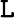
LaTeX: \mathtt{L}